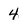
Character: 4